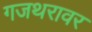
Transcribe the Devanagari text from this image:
गजथरावर